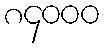
၈၄၀၀၀